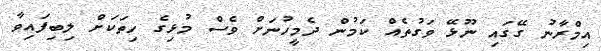
އިމްރާނު ގޭގައި ނޫޅޭ ވަގުތެއް ކަމުން ދެމީހުނަށް ވެސް މުޅިގެ ހިތަކަށް ލިބިފައިވާ